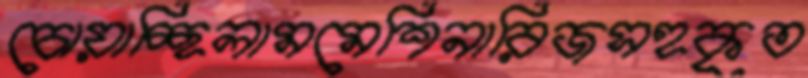
চোয়াচ্ছিলামমেশিনারিজসহকৃত